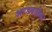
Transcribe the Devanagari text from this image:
अण्डवाहिका